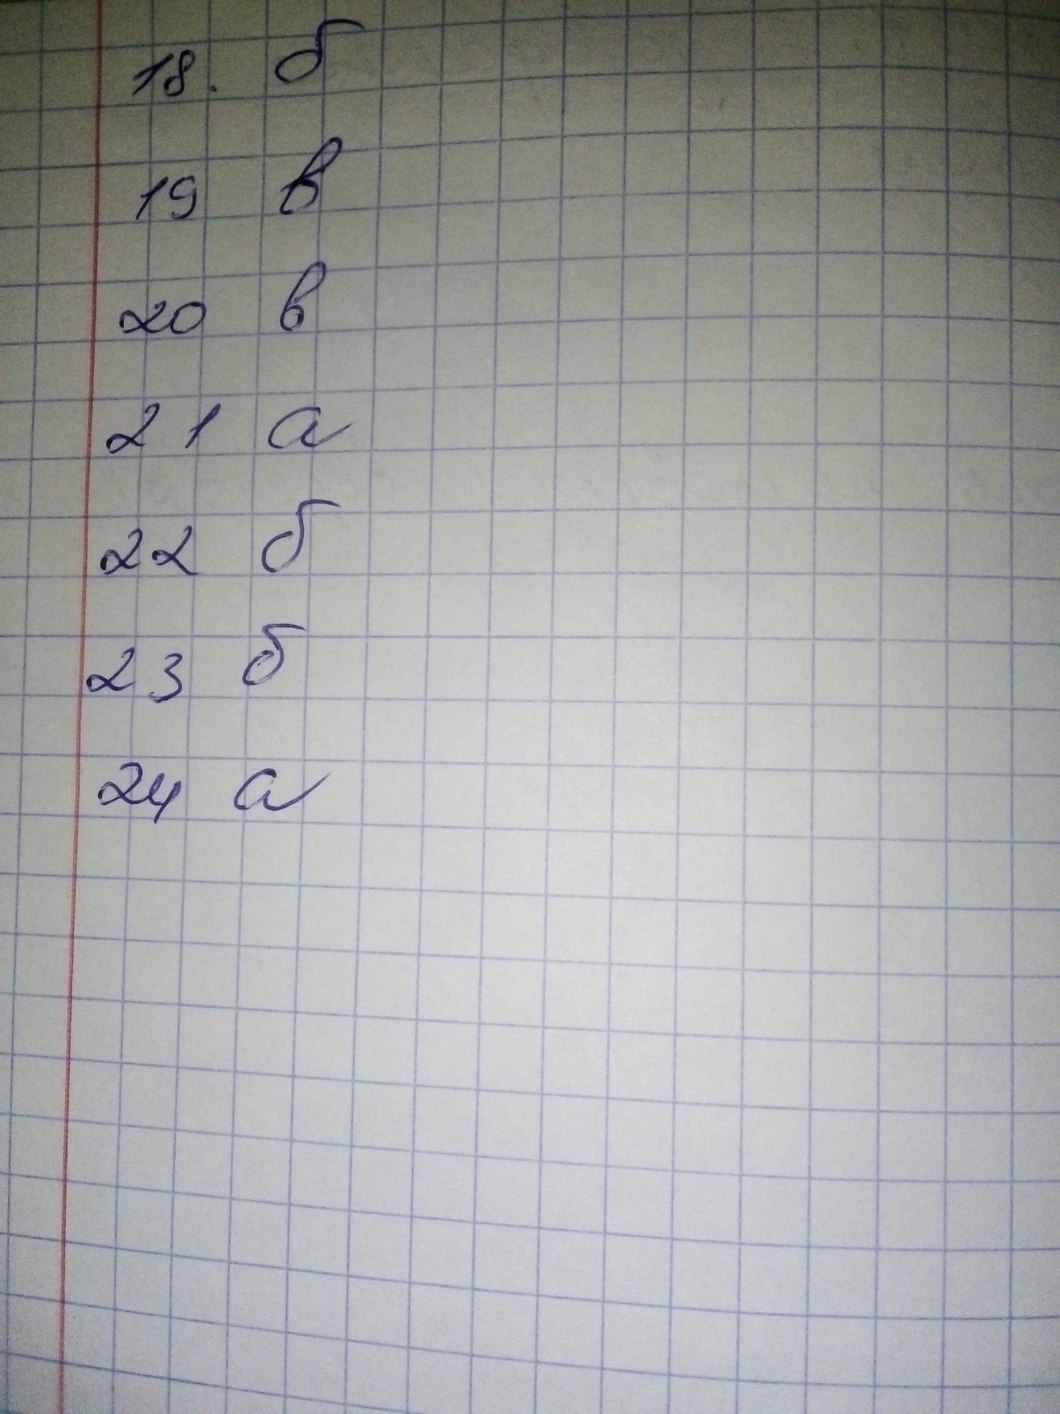
18. б
19 в
20 в
21 a
22 б
23 б
24 a